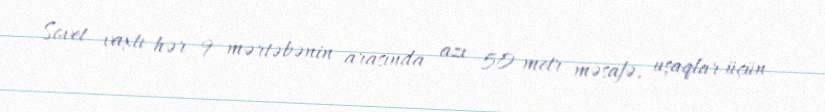
Sovet vaxtı hər 9 mərtəbənin arasında azı 50 metr məsafə, uşaqlar üçün